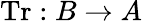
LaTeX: \operatorname{Tr}:B\to A